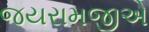
જયરામજીએ